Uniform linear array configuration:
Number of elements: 32
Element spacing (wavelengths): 0.5
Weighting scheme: kaiser
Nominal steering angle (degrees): -30
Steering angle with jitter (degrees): -28.399
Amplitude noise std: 0.05
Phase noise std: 0.05

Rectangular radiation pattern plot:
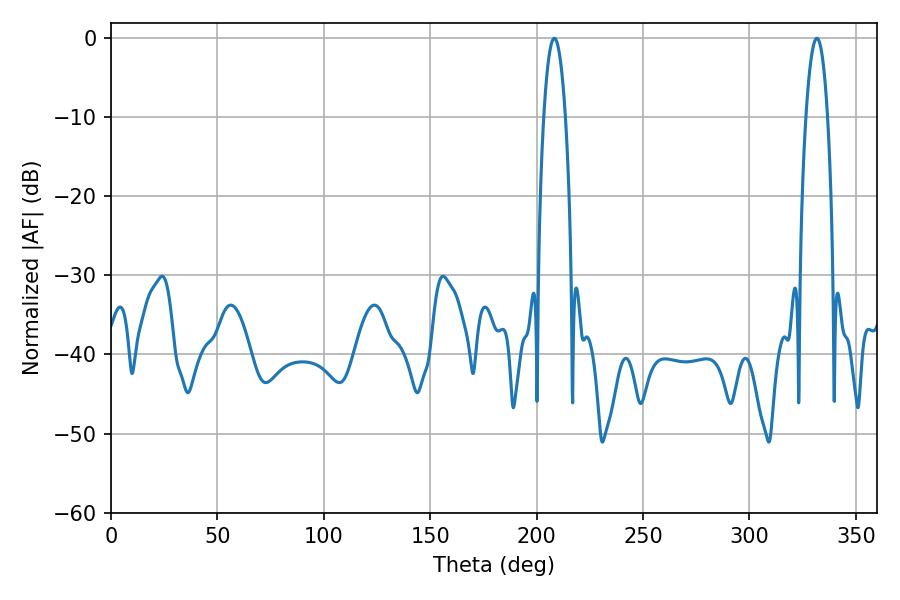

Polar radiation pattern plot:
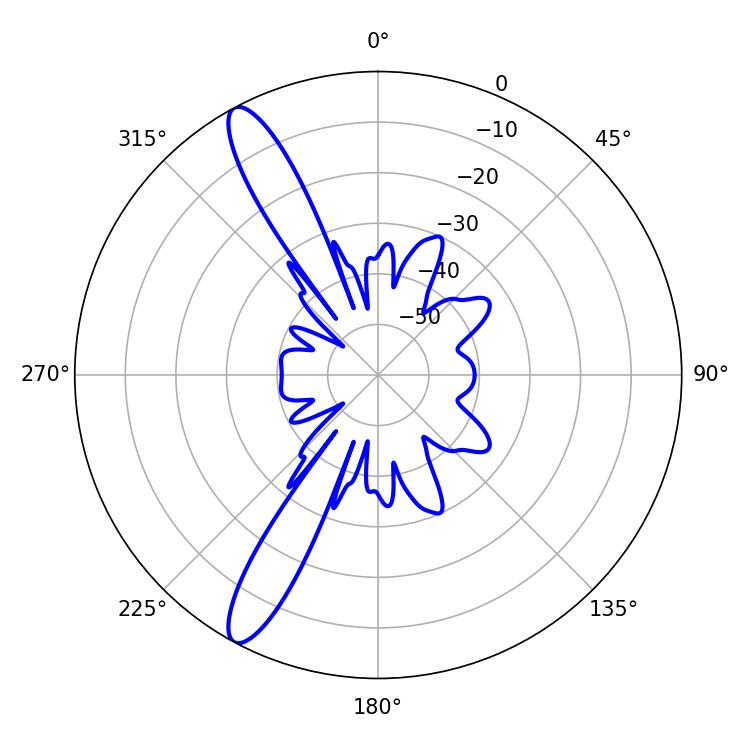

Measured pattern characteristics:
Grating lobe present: FALSE
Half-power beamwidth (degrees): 5.58
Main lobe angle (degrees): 208.26